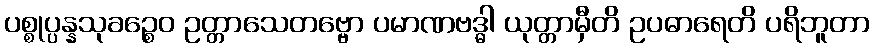
ပစ္စုပ္ပန္နသုခဉ္စေဝ ဥတ္တာသေတဗ္ဗော ပမာဏဗဒ္ဓါ ယုတ္တာမှီတိ ဥပဓာရေတိ ပရိဘူတာ